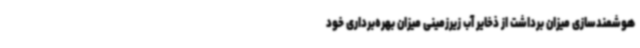
هوشمندسازی میزان برداشت از ذخایر آب زیرزمینی میزان بهره‌برداری خود